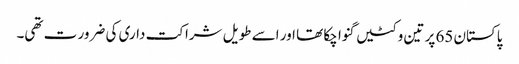
پاکستان 65 پر تین وکٹیں گنوا چکا تھا اور اسے طویل شراکت داری کی ضرور ت تھی۔